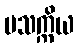
ပသက္ကိယ